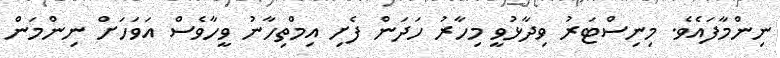
ނިންމާފައެވެ. މިނިސްޓަރު ވިދާޅުވީ މިހާރު ހަދަން ފެށި އިމްތިހާނު ވީހާވެސް އަވަހަށް ނިންމަން